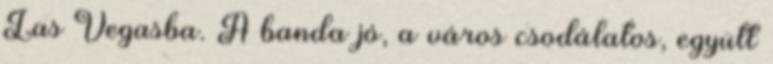
Las Vegasba. A banda jó, a város csodálatos, együtt